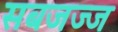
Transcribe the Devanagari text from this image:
सबजज्ज